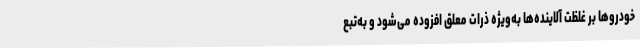
خودروها بر غلظت آلاینده‌ها به‌ویژه ذرات معلق افزوده می‌شود و به‌تبع